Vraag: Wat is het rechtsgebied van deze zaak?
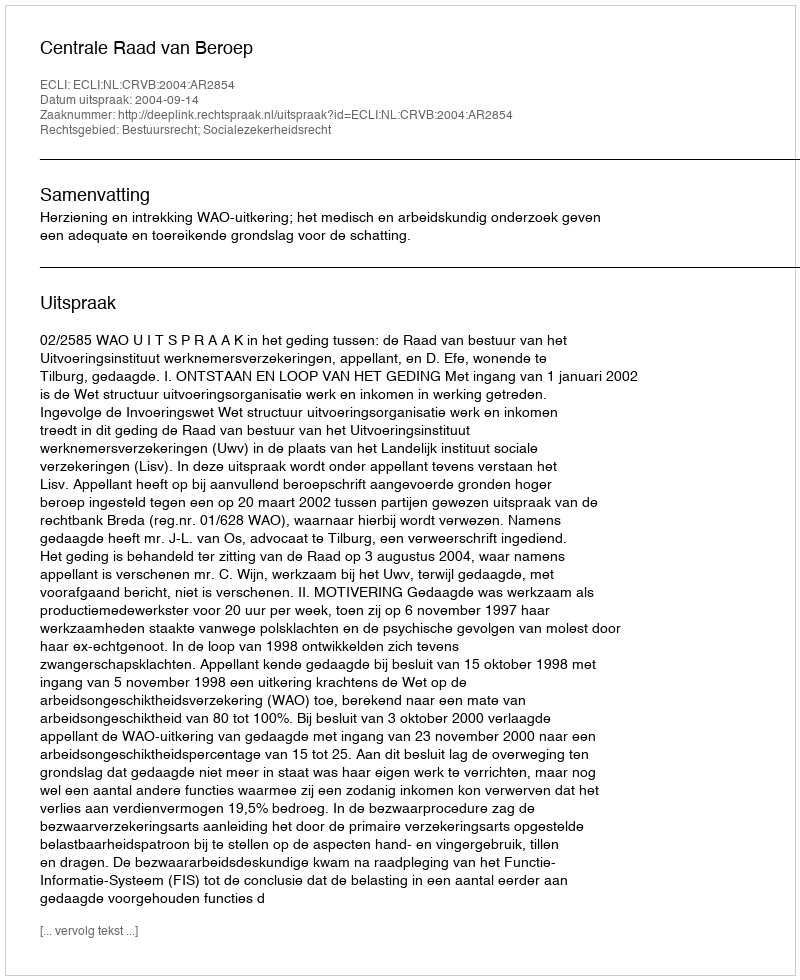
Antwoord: Bestuursrecht; Socialezekerheidsrecht